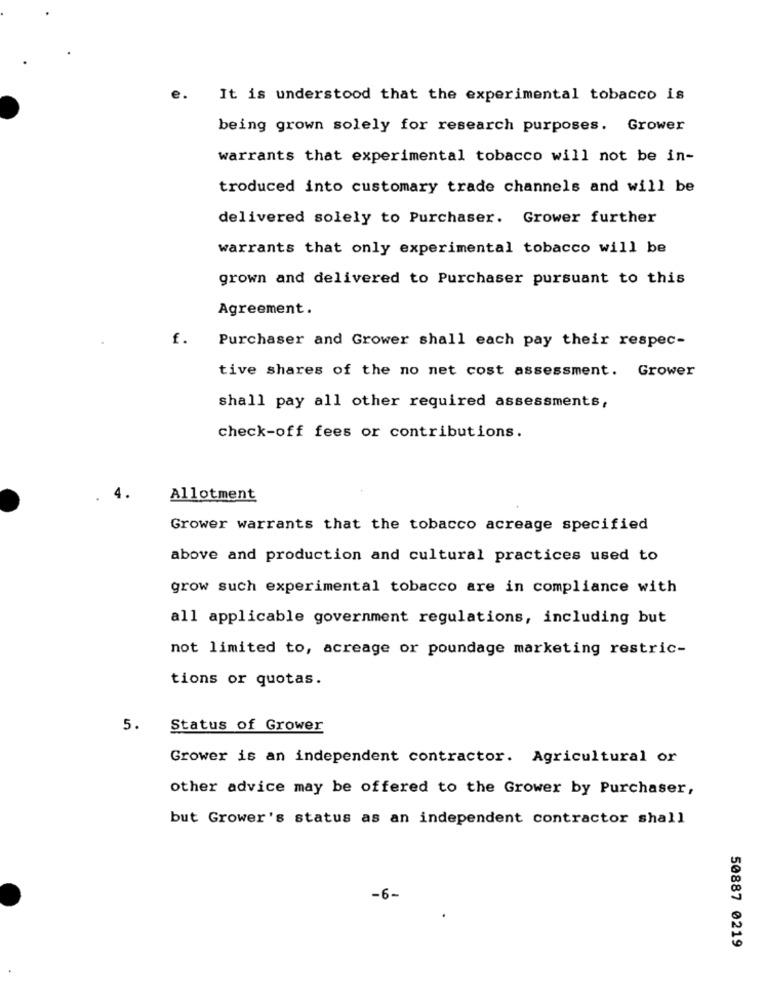
It is understood that the experimental tobacco is
being grown solely for research purposes. Grower
warrants that experimental tobacco will not be in-
troduced into customary trade channels and will be
delivered solely to Purchaser. Grower further
warrants that only experimental tobacco will be
grown and delivered to Purchaser pursuant to this
Agreement.
f.
Purchaser and Grower shall each pay their respec-
tive shares of the no net cost assessment. Grower
shall pay all other required assessments,
check-off fees or contributions.
Allotment
Grower warrants that the tobacco acreage specified
above and production and cultural practices used to
grow such experimental tobacco are in compliance with
all applicable government regulations, including but
not limited to, acreage or poundage marketing restric-
tions or quotas.
5.
Status of Grower
Grower is an independent contractor. Agricultural or
other advice may be offered to the Grower by Purchaser,
but Grower's status as an independent contractor shall
-6-
50887 0219